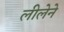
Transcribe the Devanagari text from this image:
लीलेने